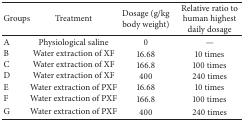
<table><thead><tr><td><b>Groups</b></td><td><b>Treatment</b></td><td><b>Dosage (g/kg body weight)</b></td><td><b>Relative ratio to human highest daily dosage</b></td></tr></thead><tbody><tr><td>A</td><td>Physiological saline</td><td>0</td><td>—</td></tr><tr><td>B</td><td>Water extraction of XF</td><td>16.68</td><td>10 times</td></tr><tr><td>C</td><td>Water extraction of XF</td><td>166.8</td><td>100 times</td></tr><tr><td>D</td><td>Water extraction of XF</td><td>400</td><td>240 times</td></tr><tr><td>E</td><td>Water extraction of PXF</td><td>16.68</td><td>10 times</td></tr><tr><td>F</td><td>Water extraction of PXF</td><td>166.8</td><td>100 times</td></tr><tr><td>G</td><td>Water extraction of PXF</td><td>400</td><td>240 times</td></tr></tbody></table>